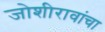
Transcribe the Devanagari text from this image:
जोशीरावांचा